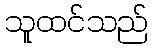
သူထင်သည်